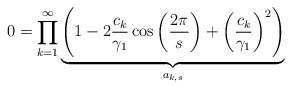
\begin{align*}0=\prod_{k=1}^{\infty}\underbrace{\left( 1-2\frac{c_k}{\gamma_1}\cos\left(\frac{2 \pi}{s} \right)+\left(\frac{c_k}{\gamma_1} \right)^2 \right)}_{a_{k,s}}\end{align*}